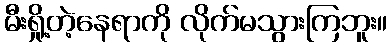
မီးရှို့တဲ့နေရာကို လိုက်မသွားကြဘူး။